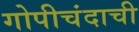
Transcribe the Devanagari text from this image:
गोपीचंदाची